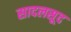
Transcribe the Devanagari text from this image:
सादलसूद